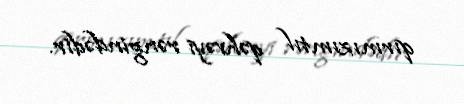
qırmızımtıl qəhvəyi rəngindədir.